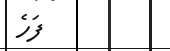
ފަހެ